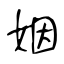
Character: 姻